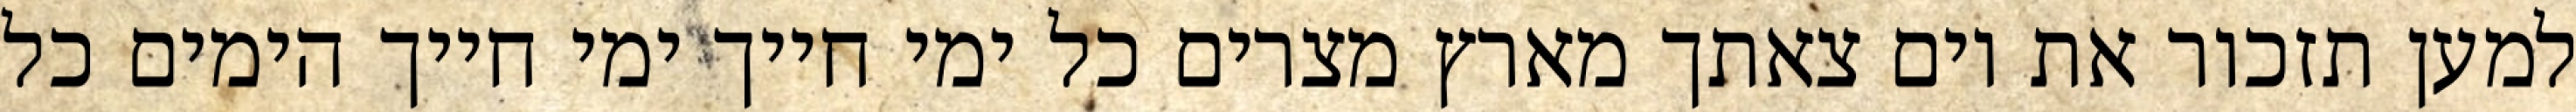
למען תזכור את יום צאתך מארץ מצרים כל ימי חייך ימי חייך הימים כל